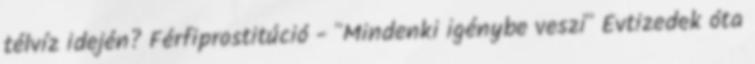
télvíz idején? Férfiprostitúció - "Mindenki igénybe veszi" Évtizedek óta